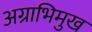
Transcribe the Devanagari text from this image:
अग्राभिमुख